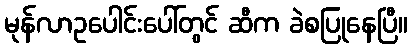
မုန်လာဥပေါင်းပေါ်တွင် ဆီက ခဲစပြုနေပြီ။